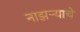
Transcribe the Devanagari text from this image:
नाझऱ्याचे